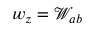
w _ { z } = \mathcal { W } _ { a b }